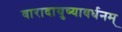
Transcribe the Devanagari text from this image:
वारादायुष्यावर्धनम्